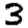
Digit: 3